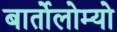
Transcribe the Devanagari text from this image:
बार्तोलोम्यो